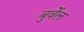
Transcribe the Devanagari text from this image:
बुर्वेल